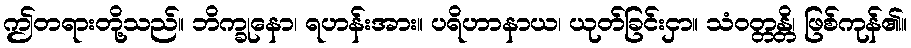
ဤတရားတို့သည်။ ဘိက္ခုနော၊ ရဟန်းအား။ ပရိဟာနာယ၊ ယုတ်ခြင်းငှာ။ သံဝတ္တန္တိ၊ ဖြစ်ကုန်၏။